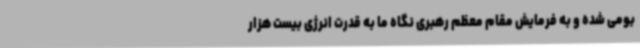
بومی شده و به فرمایش مقام معظم رهبری نگاه ما به قدرت انرژی بیست هزار